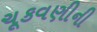
ચૂકવણીની